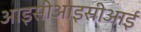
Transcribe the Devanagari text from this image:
आइसीआइसीआई